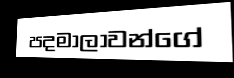
පදමාලාවන්ගේ